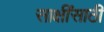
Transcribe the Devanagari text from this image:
साक्षींसाठी